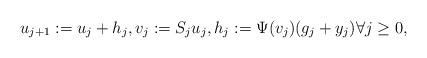
LaTeX: \begin{align*} u_{j+1} := u_j + h_j, v_j := S_j u_j, h_j := \Psi(v_j) (g_j + y_j) \forall j \geq 0,\end{align*}